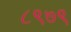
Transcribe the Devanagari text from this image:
८९७९